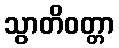
သွာတိဝတ္တာ